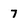
Character: 7